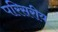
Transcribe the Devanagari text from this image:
परिसरीय